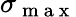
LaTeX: \sigma_{\mathrm{~m~a~x~}}